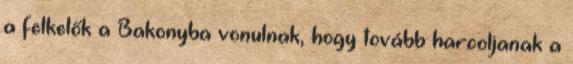
a felkelők a Bakonyba vonulnak, hogy tovább harcoljanak a